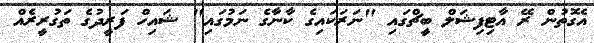
އެގޮތުން ރޭ އާޓިފިޝަލް ބީޗްގައި "ނަރަކައިގެ ކާނާގެ ނަމުގައި" ޝައިހް ފަރީދުގެ ތަގުރީރެއް